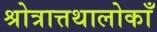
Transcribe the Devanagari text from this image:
श्रोत्रात्तथालोकाँ